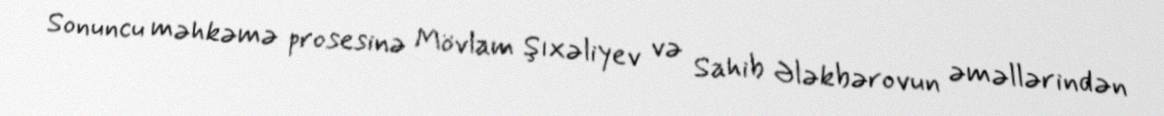
Sonuncu məhkəmə prosesinə Mövlam Şıxəliyev və Sahib Ələkbərovun əməllərindən